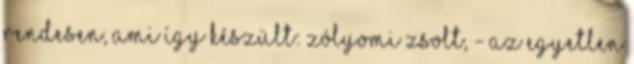
rendesen, ami így készült: Zólyomi Zsolt, - az egyetlen